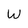
Character: W